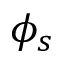
\phi _ { s }